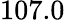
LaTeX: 107.0